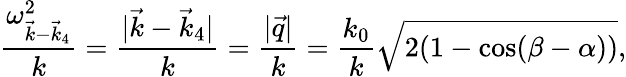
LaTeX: \frac{\omega_{\vec{k}-\vec{k}_{4}}^{2}}{k}=\frac{|\vec{k}-\vec{k}_{4}|}{k}=\frac{|\vec{q}|}{k}=\frac{k_{0}}{k}\sqrt{2(1-\cos(\beta-\alpha))},